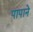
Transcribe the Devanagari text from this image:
पापाने